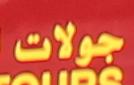
جولات